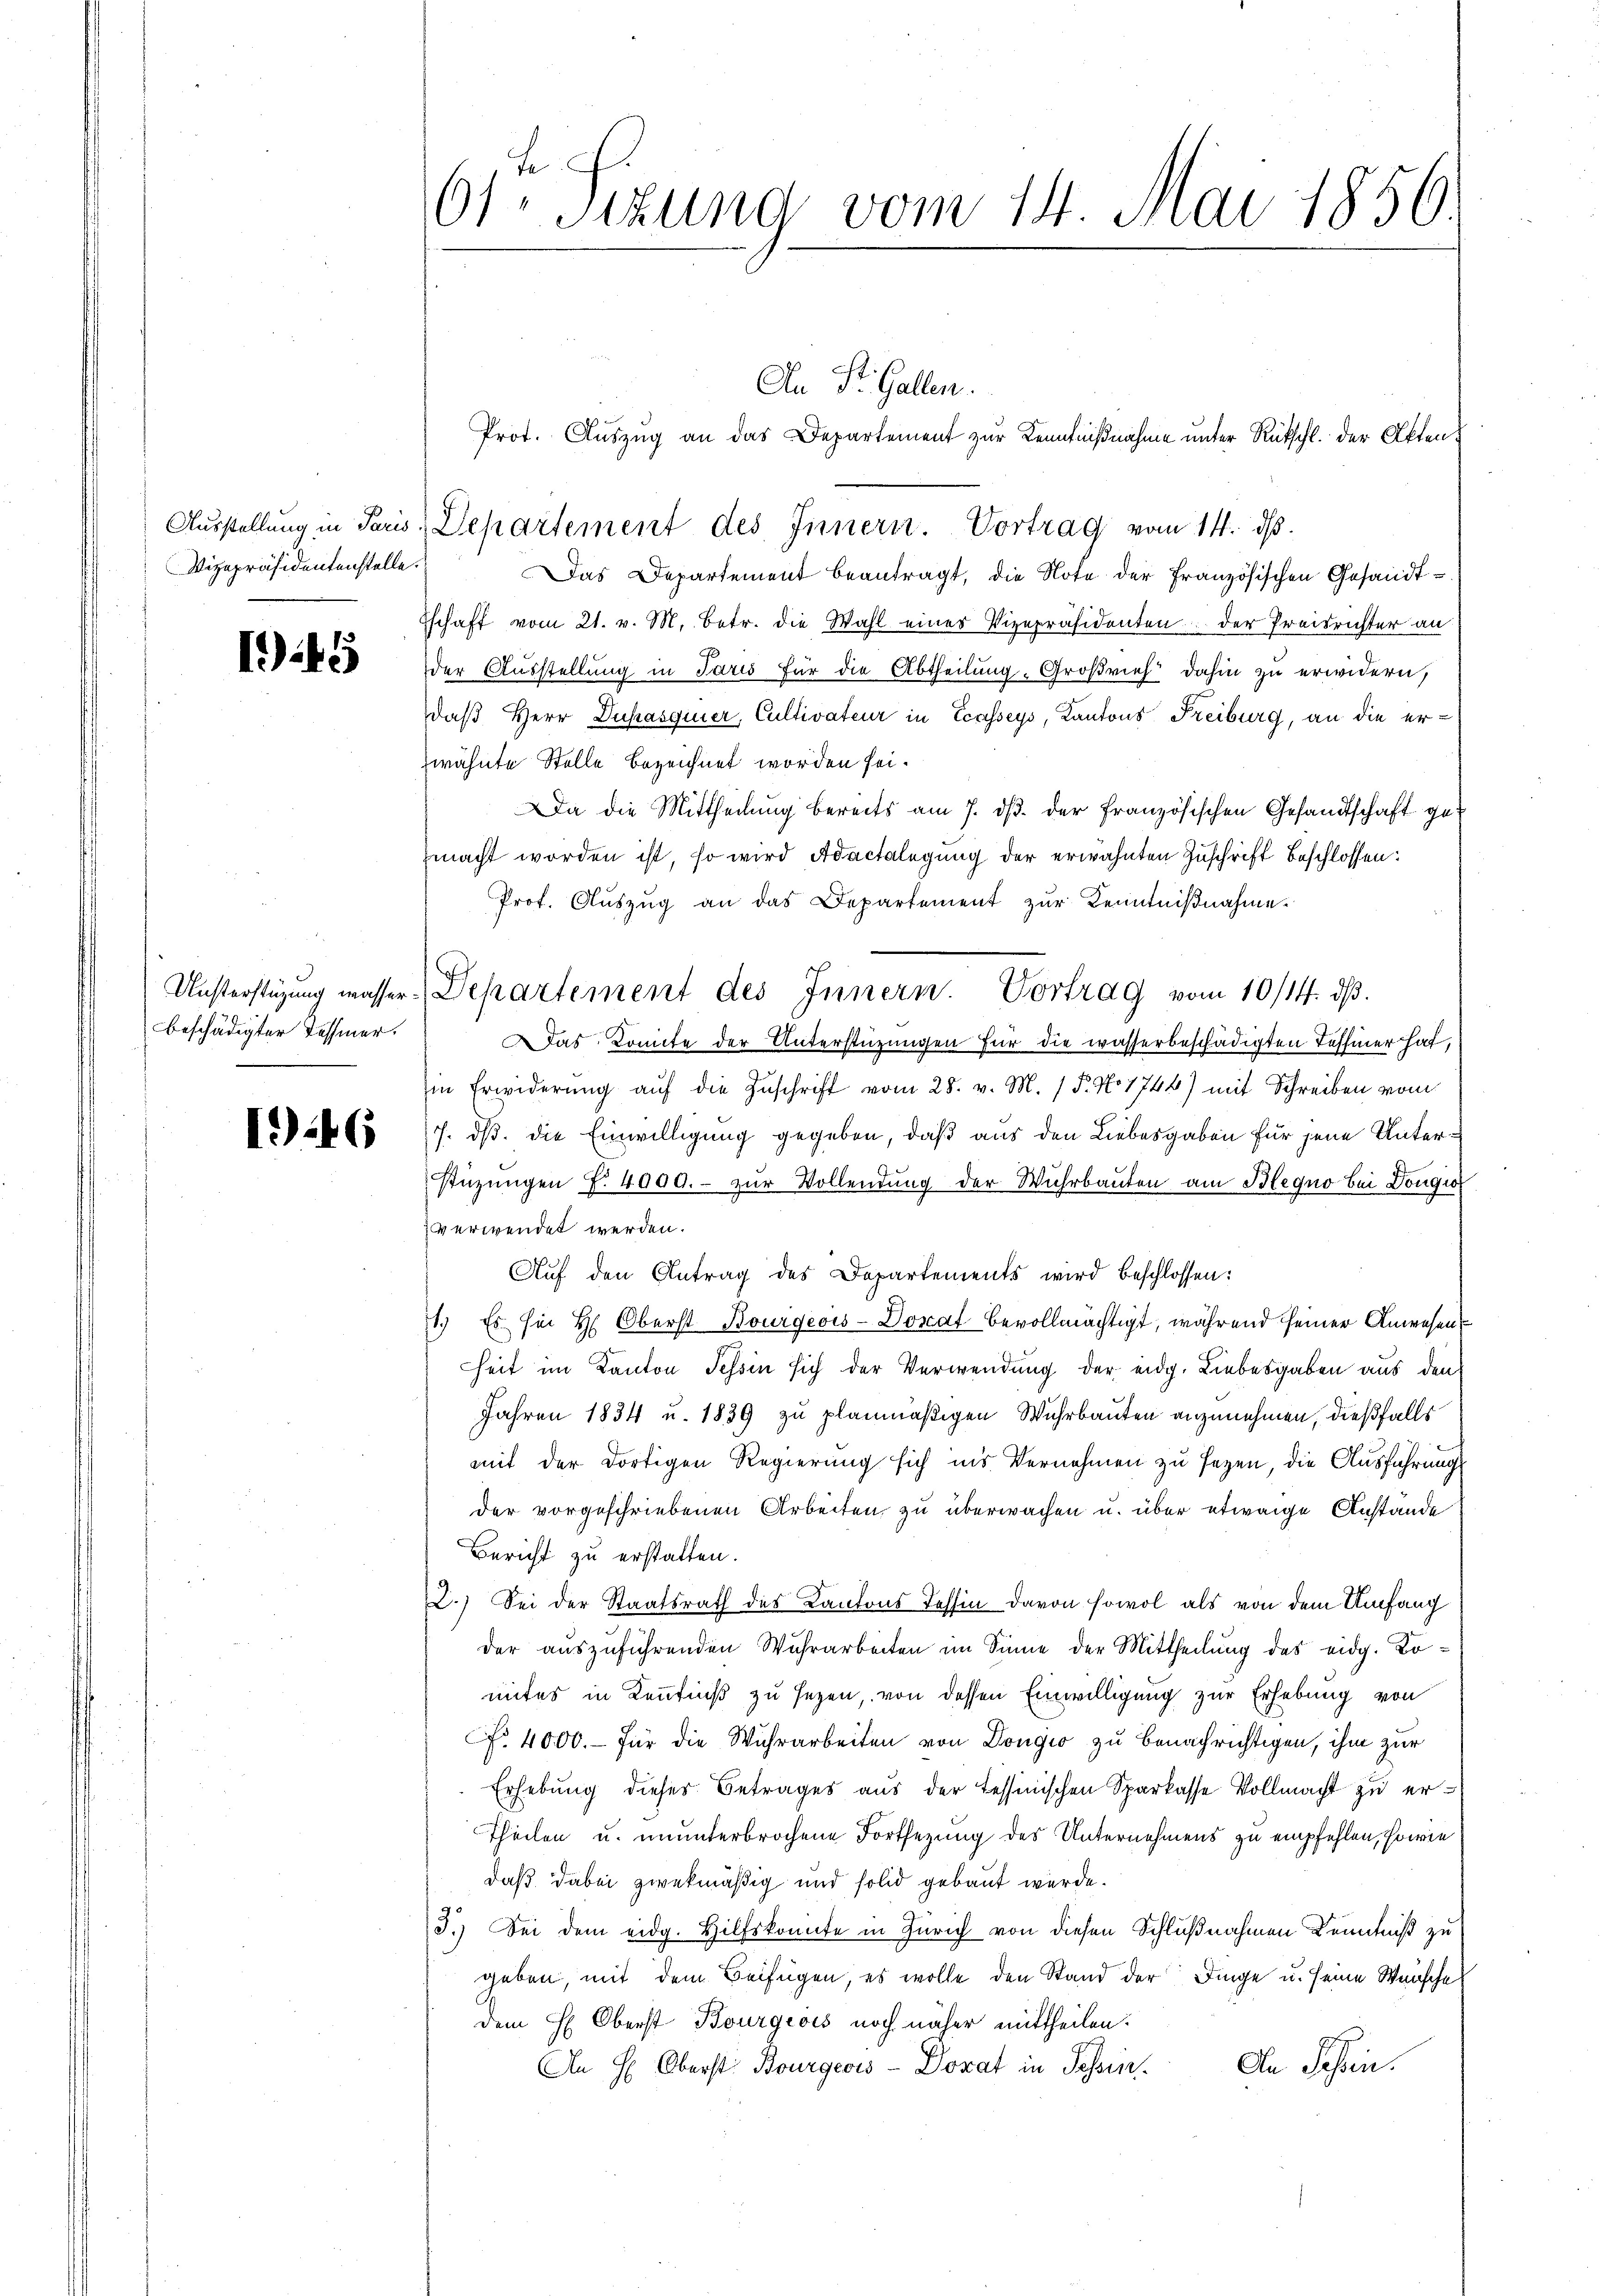
Vizepräsidentenstelle.

1945

beschädigter Tessiner.

I) 46

61: Sizung vom 14. Mai 1850.

Unsterstüzung masser Departement des Innern. Vortrag vom 10/14. dβ.

Das Departement beantragt, die Note der Französischen Gesandt¬
Eschaft vom 21. v. M. betr. die Wahl eines Vizepräsidenten der Preisrichter an
der Ausstellung in Paris für die Abtheilung. Großrief dahin zu erwidern,
daß Herr Duhasquier, Cultivateur in Ecasseys, Kantons Freiburg, an die erwähnte Stelle bezeichnet worden sei.
Da die Mittheilŭng bereits am 7. dβ. der französischen Gesandtschaft ge-
macht worden ist, so wird Adactalegung der erwähnten Zuschrift beschlossen:
Prof. Aŭszŭg an das Departement zur Kenntniβnahme.
Das Komite der Unterstüzungen für die wasserbeschädigten Tessiner hat,
in Erwiderŭng aŭf die Zuschrift vom 25. v. M. / 5. No 1746) mit Schreiben vom
7. ds. die Einwilligung gegeben, daß aus den Liebesgaben für jene Unterstüzungen f. 4000.- zŭr Vollendŭng der Wuhrbauten am Blegno bei Dougio
verwendet werden.
Aŭf den Antrag des Departements wird beschlossen:
1.) Es sei H. Oberst Bourgeois-Donat bevollmächtigt, während seiner Anwesen
heit im Kanton Tessin sich der Verwendung der eidg. Liebesgaben aus den
Jahren 1834 u. 1839 zu planmäßigen Wuhrbauten anzunehmen, dießfalls
mit der dortigen Regierung sich ins Vernehmen zu sezen, die Ausführungs
der vorgeschriebenen Arbeiten zu überwachen u. über etwaige Anstände
Bericht zu erstatten.
2.) Sei der Staatsrath des Kantons Tessin davon sowol als von dem Umfang
der auszuführenden Wuhrarbeiten im Sinne der Mittheilung des eidg. Komites in Kenntniß zu sezen, von dessen Einwilligung zur Erhebung von
cf. 4000.- für die Wuhrarbeiten von Dongio zu benachrichtigen, ihm zur
Erhebung dieses Betrages aus der Tessinischen Sparkasse Vollmacht zu er¬
Theilen u. ununterbrochene Fortsezung des Unternehmens zu empfehlen, sowie
daß dabei zwekmäßig und solid gebaut wurde.
3.) Sei dem eidg. Hilfskonnte in Zürich von diesen Schlußnahmen Kenntniß zu
geben, mit dem Beifügen, es wolle den Stand der Dinge u. seine Wünsche
dem H. Oberst Bourgeois noch näher mittheilen:
An H: Oberst Bourgeois - Dorat in Schein. An Schin¬

An St. Gallen.
Prot. Aŭszŭg an das Departement zur Kenntnißnahme unter Rückschl. der Akten
Ausstellung in Paris Departement des Innern. Vortrag vom 14. ds.